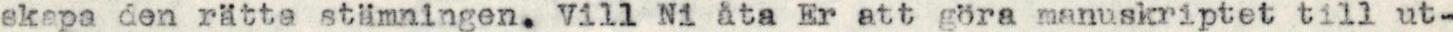
skapa den rätta stämningen. Vill Ni åta Er att göra manuskriptet till ut-